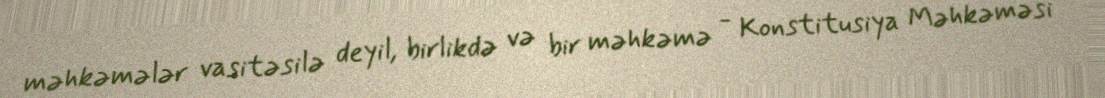
məhkəmələr vasitəsilə deyil, birlikdə və bir məhkəmə - Konstitusiya Məhkəməsi